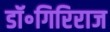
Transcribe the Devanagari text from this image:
डॉ॰गिरिराज